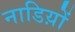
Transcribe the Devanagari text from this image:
नाडिय़ों